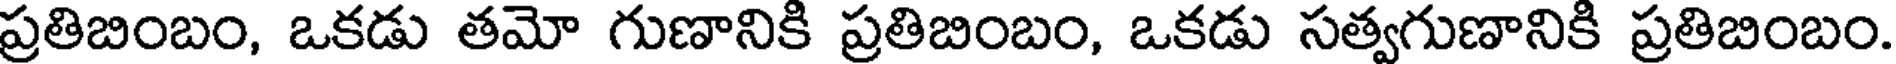
ప్రతిబింబం, ఒకడు తమో గుణానికి ప్రతిబింబం, ఒకడు సత్వగుణానికి ప్రతిబింబం